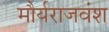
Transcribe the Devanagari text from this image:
मौर्यराजवंश